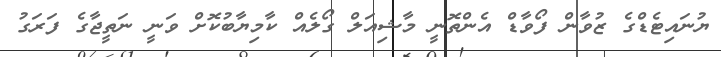
ޔުނައިޓެޑްގެ ޒުވާން ފޯވާޑް އެންތޮނީ މާޝިއަލް ގޯލެއް ކާމިޔާބުކޮށް ވަނީ ނަތީޖާގެ ފަރަގު